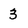
Character: 3